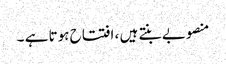
منصوبے بنتے ہیں ، افتتاح ہوتا ہے ۔